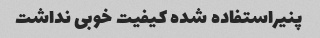
پنیراستفاده شده کیفیت خوبی نداشت